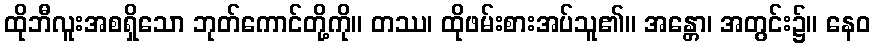
ထိုဘီလူးအစရှိသော ဘုတ်ကောင်တို့ကို။ တဿ၊ ထိုဖမ်းစားအပ်သူ၏။ အန္တော၊ အတွင်း၌။ နေဝ